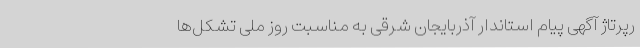
رپرتاژ آگهی پیام استاندار آذربایجان شرقی به مناسبت روز ملی تشکل‌ها